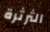
الثرثرة